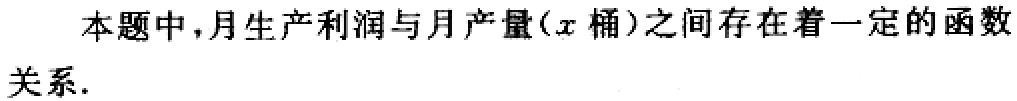
本题中,月生产利润与月产量($x$桶)之间存在着一定的函数关系.